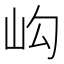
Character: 𡵺